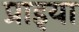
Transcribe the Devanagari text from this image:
प्राइया